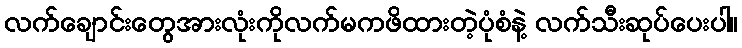
လက်ချောင်းတွေအားလုံးကိုလက်မကဖိထားတဲ့ပုံစံနဲ့ လက်သီးဆုပ်ပေးပါ။